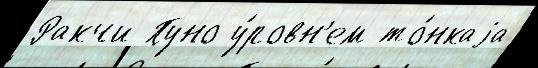
Ракчи Пуно у́ровн'ем то́нкаjа